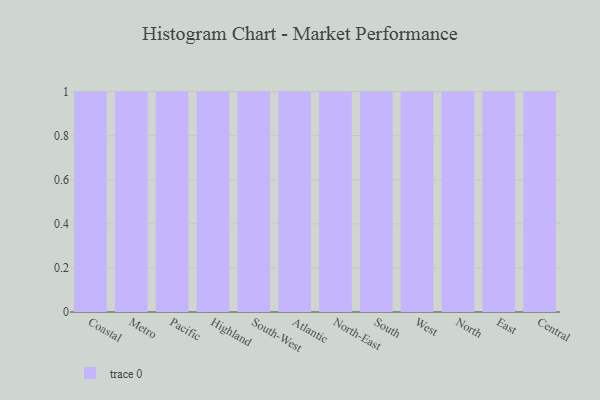
{"axis": {"x": "Region", "y": "Bounce Rate (%)"}, "legend": [""], "data": [{"x": "Coastal", "y": 13, "type": ""}, {"x": "Metro", "y": 7, "type": ""}, {"x": "Pacific", "y": 58, "type": ""}, {"x": "Highland", "y": 9, "type": ""}, {"x": "South-West", "y": 65, "type": ""}, {"x": "Atlantic", "y": 14, "type": ""}, {"x": "North-East", "y": 82, "type": ""}, {"x": "South", "y": 26, "type": ""}, {"x": "West", "y": 79, "type": ""}, {"x": "North", "y": 18, "type": ""}, {"x": "East", "y": 37, "type": ""}, {"x": "Central", "y": 70, "type": ""}]}